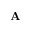
\mathbf { A }